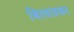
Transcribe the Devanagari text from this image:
बिरवाडकर